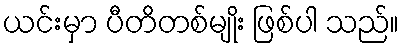
ယင်းမှာ ပီတိတစ်မျိုး ဖြစ်ပါ သည်။